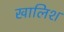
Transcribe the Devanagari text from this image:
खालिश